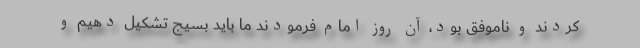
کردند و ناموفق بود، آن روز امام فرمودند ما باید بسیج تشکیل دهیم و